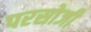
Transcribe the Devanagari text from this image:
परसोजी